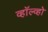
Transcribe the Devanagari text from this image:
व्हॉल्व्हो